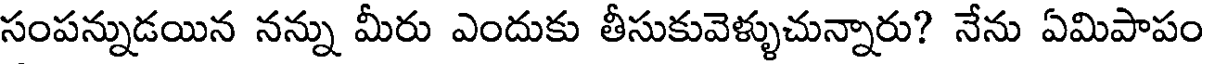
సంపన్నుడయిన నన్ను మీరు ఎందుకు తీసుకువెళ్ళుచున్నారు? నేను ఏమిపాపం